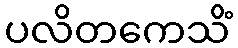
ပလိတကေသိံ